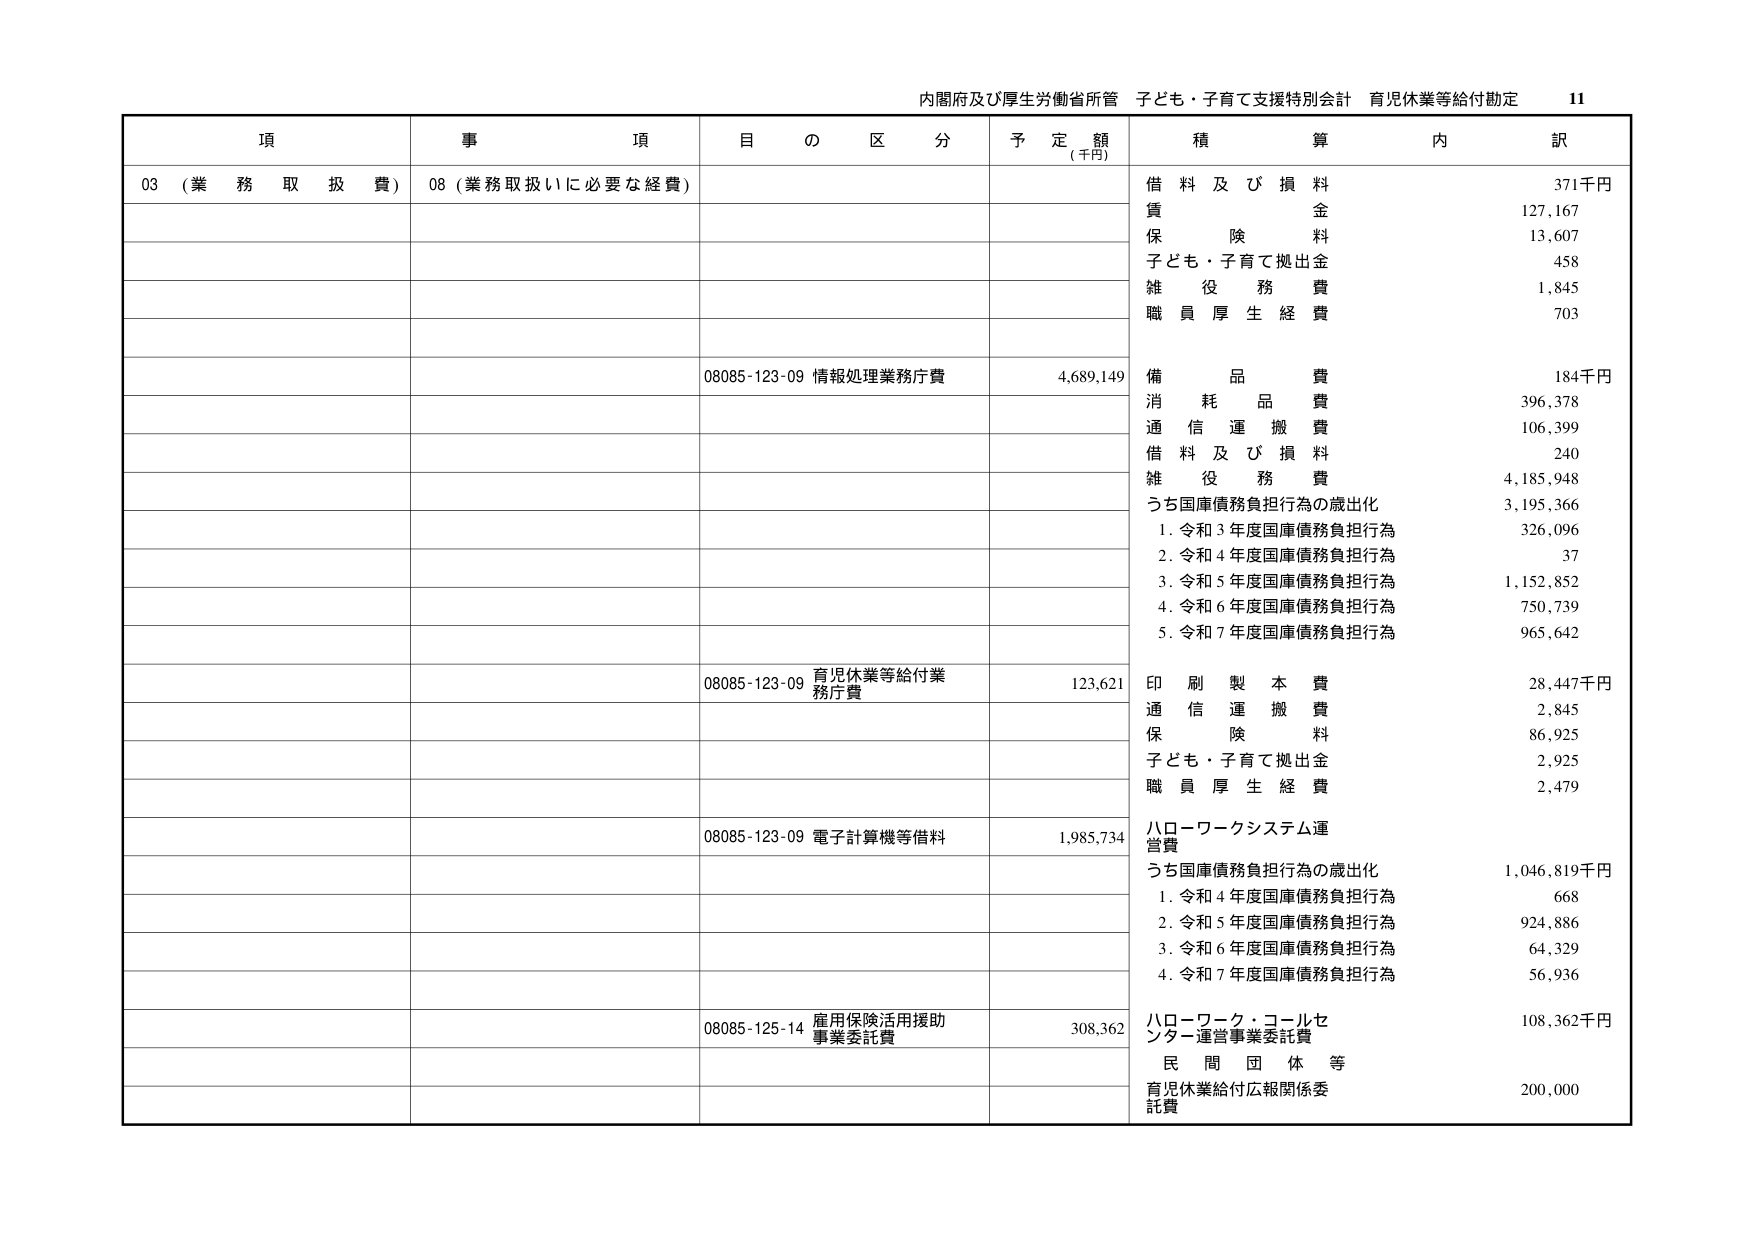
内閣府及び厚生労働省所管 子ども・子育て支援特別会計 育児休業等給付勘定 11

項 事 項 目 の 区 分 予 定 額 (千円) 積 算 内 訳

03 (業務取扱費) 08 (業務取扱いに必要な経費)

借料及び損料 371千円
賃 金 127,167
保険料 13,607
子ども・子育て拠出金 458
雑役務費 1,845
職員厚生経費 703

08085-123-09 情報処理業務庁費 4,689,149
備品費 184千円
消耗品費 396,378
通信運搬費 106,399
借料及び損料 240
雑役務費 4,185,948
うち国庫債務負担行為の歳出化 3,195,366
1. 令和3年度国庫債務負担行為 326,096
2. 令和4年度国庫債務負担行為 37
3. 令和5年度国庫債務負担行為 1,152,852
4. 令和6年度国庫債務負担行為 750,739
5. 令和7年度国庫債務負担行為 965,642

08085-123-09 育児休業等給付業務庁費 123,621
印刷製本費 28,447千円
通信運搬費 2,845
保険料 86,925
子ども・子育て拠出金 2,925
職員厚生経費 2,479

08085-123-09 電子計算機等借料 1,985,734
ハローワークシステム運営費
うち国庫債務負担行為の歳出化 1,046,819千円
1. 令和4年度国庫債務負担行為 668
2. 令和5年度国庫債務負担行為 924,886
3. 令和6年度国庫債務負担行為 64,329
4. 令和7年度国庫債務負担行為 56,936

08085-125-14 雇用保険活用援助事業委託費 308,362
ハローワーク・コールセンター運営事業委託費 108,362千円
民間団体等
育児休業給付広報関係委託費 200,000